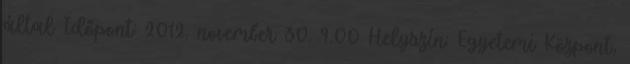
által Időpont: 2012. november 30. 9.00 Helyszín: Egyetemi Központ,